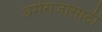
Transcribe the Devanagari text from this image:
धर्मराजासाठी